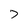
Character: 7